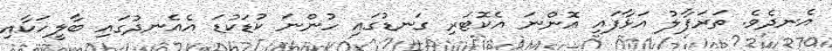
އެނދެވެ. ތަރަފާލު އަޅާފައި އޮންނަ އެކޮޓަރި ގަނޑުގައި ހުންނަ ކުޑަކުޑަ އެއެނދުގައި ބާލީހަކާއި